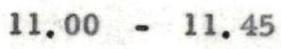
11.00 - 11.45